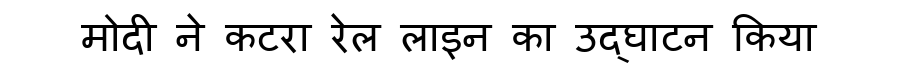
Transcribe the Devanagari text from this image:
मोदी ने कटरा रेल लाइन का उद्घाटन किया